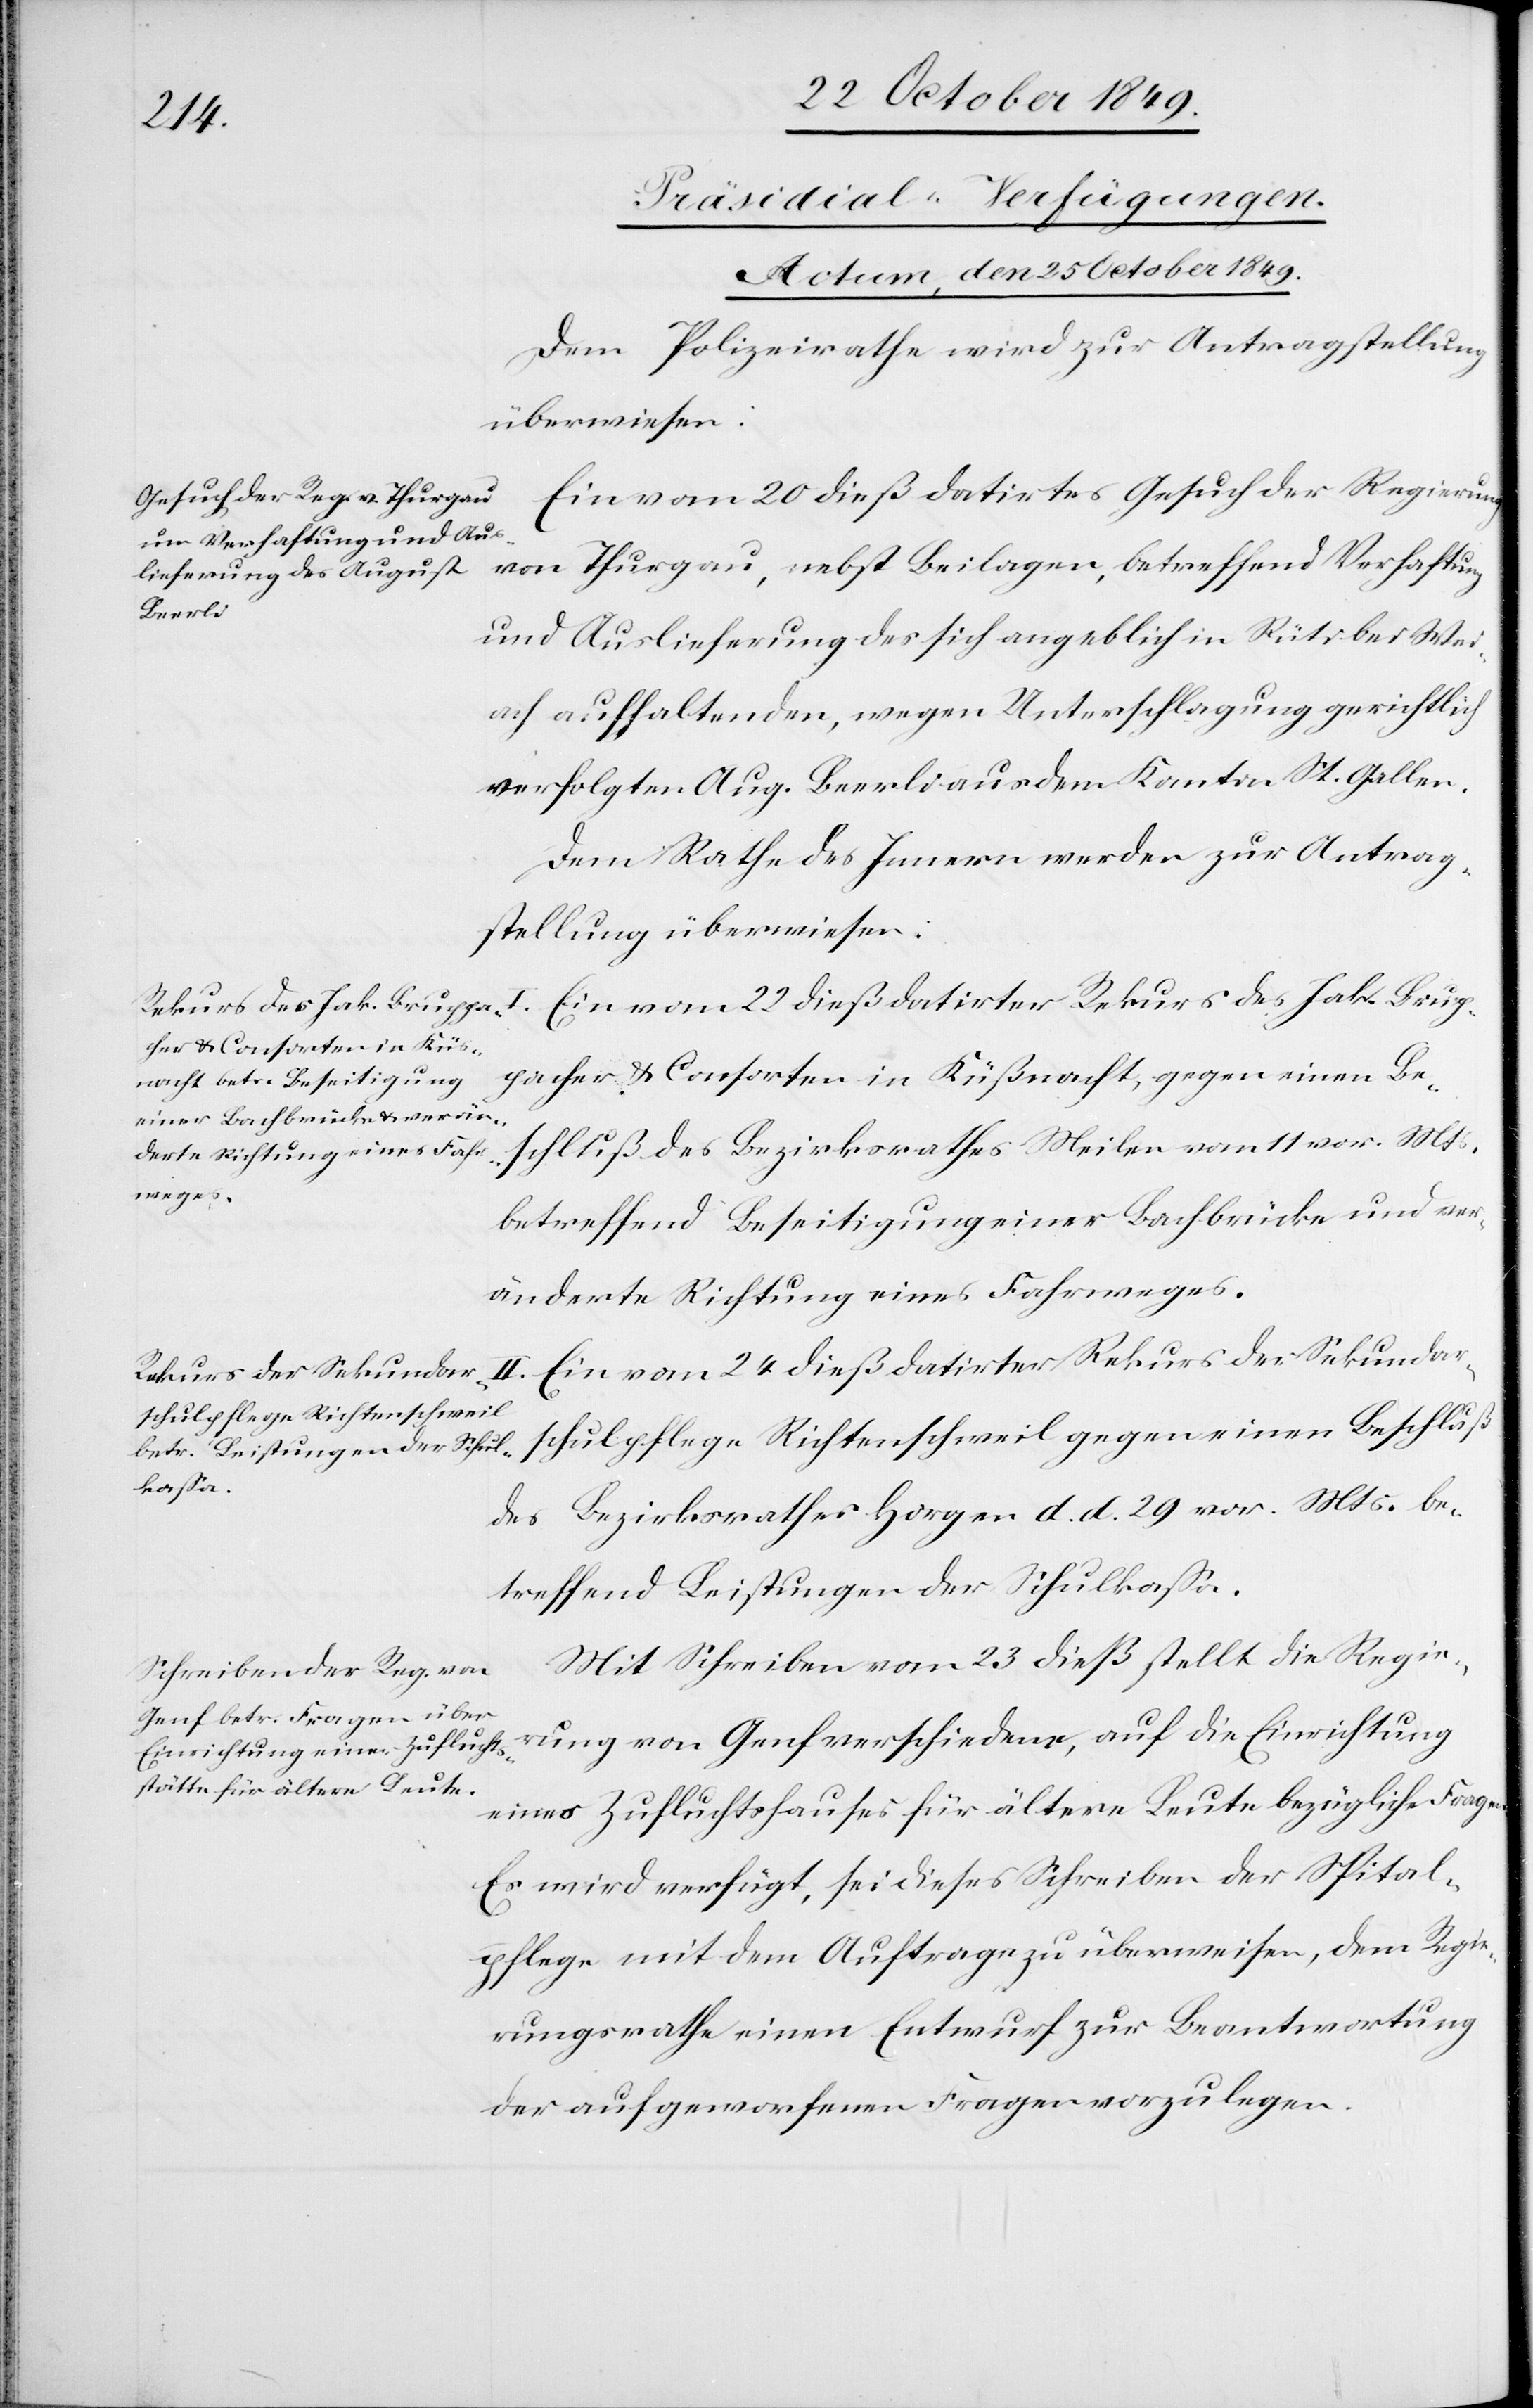
[Präsidial-Verfügungen.
Actum, den 25 October 1849.]
Dem Polizeirathe wird zur Antragstellung
überwiesen:
Ein vom 20 dieß datirtes Gesuch der Regierung
von Thurgau, nebst den Beilagen, betreffend Verhaftung
und Auslieferung des sich angeblich in Rüti bei Wei¬
ach aufhaltenden, wegen Unterschlagung gerichtlich
verfolgten Aug. Beerli aus dem Kanton St. Gallen.
Dem Rathe des Innern werden zur Antrag¬
stellung überwiesen:
pacher u. Consorten in Küßnacht, gegen einen Be¬
schluß des Bezirksrathes Meilen vom 11 vor. Mts.
betreffend Beseitigung einer Bachbrücke und ver¬
änderte Richtung eines Fahrweges.
II. Ein vom 24 dieß datirter Rekurs der Sekundar¬
schulpflege Richtenschweil gegen einen Beschluß
des Bezirksrathes Horgen d. d. 29 v. Mts. be¬
treffend Leistungen der Schulkaßa.
Mit Schreiben vom 23 dieß stellt die Regie¬
rung von Genf verschiedene, auf die Einrichtung
eines Zufluchtshauses für ältere Leute bezügliche Fragen.
Es wird verfügt, sei dieses Schreiben der Spital¬
pflege mit dem Auftrag zu überweisen, dem Regie¬
rungsrathe einen Entwurf zur Beantwortung
der aufgeworfenen Fragen vorzulegen.